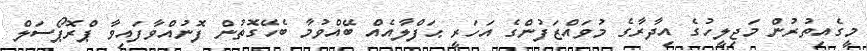
މީގެއިތުރުން މަޖިލީހުގެ އިދާރާގެ މުވައްޒަފުންގެ އަހަރީ ޙަފްލާއެއް ބޭއްވުމާ ބެހޭގޮތުން ފޮނުއްވާފައިވާ ޕްރޮޕޯސަލް